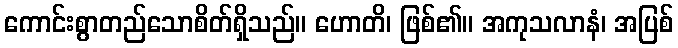
ကောင်းစွာတည်သောစိတ်ရှိသည်။ ဟောတိ၊ ဖြစ်၏။ အကုသလာနံ၊ အပြစ်